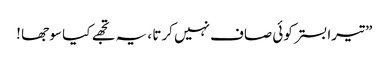
” تیرا بستر کوئی صاف نہیں کرتا ، یہ تجھے کیا سو جھا !